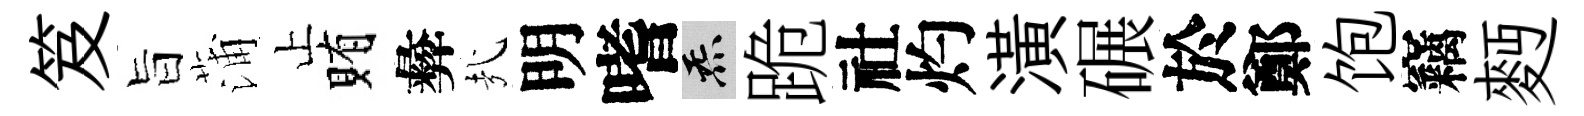
笈旨蒲止賄彜㢤明嗜炁跪社灼潢碾於鄭饱竊麪